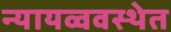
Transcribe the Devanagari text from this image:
न्यायव्ववस्थेत